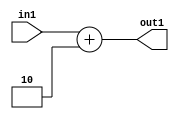
`timescale 1ps / 1ps
/*****************************************************************************
    Verilog RTL Description
    
    
    Created by: Stratus DpOpt 21.05.01 
*******************************************************************************/

module SobelFilter_Add_6S_19_1 (
	in1,
	out1
	); /* architecture "behavioural" */ 
input [5:0] in1;
output [5:0] out1;
wire [5:0] asc001;

assign asc001 = 
	+(in1)
	+(6'B000010);

assign out1 = asc001;
endmodule

/* CADENCE  urj3SAE= : u9/ySxbfrwZIxEzHVQQV8Q== ** DO NOT EDIT THIS LINE ******/